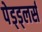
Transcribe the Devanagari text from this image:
पेड्ड्लर्स